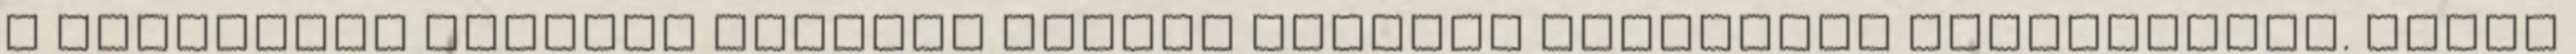
a kiszemelt építési telekre milyen építési előírások vonatkoznak. Hiába